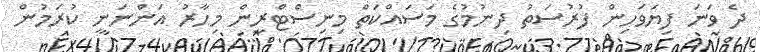
ދެ ވަނަ ފިޔަވަހިން ފުރުސަތު ދިނުމުގެ މަސައްކަތް މިނިސްޓްރީން މިހާރު އަންނަނީ ކުރަމުން